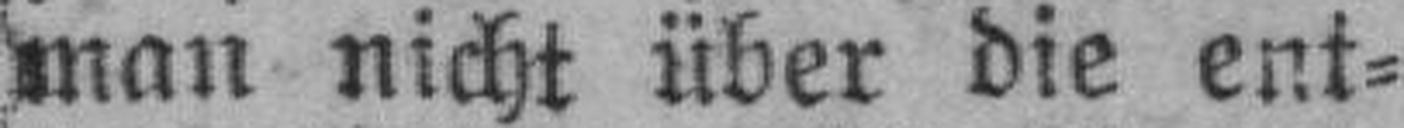
man nicht über die ent¬